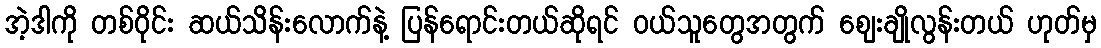
အဲ့ဒါကို တစ်ဝိုင်း ဆယ်သိန်းလောက်နဲ့ ပြန်ရောင်းတယ်ဆိုရင် ဝယ်သူတွေအတွက် ဈေးချိုလွန်းတယ် ဟုတ်မှ